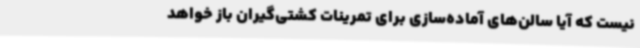
نیست که آیا سالن‌های آماده‌سازی برای تمرینات کشتی‌گیران باز خواهد